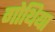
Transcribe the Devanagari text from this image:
गोथिया